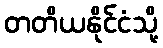
တတိယနိုင်ငံသို့